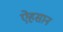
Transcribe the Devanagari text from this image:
ऐहसान